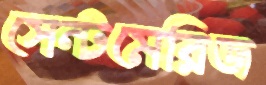
সেন্টমেরিজ